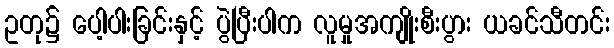
ဥတု၌ ပေါ့ပါးခြင်းနှင့် ပွဲပြီးပါက လူမှုအကျိုးစီးပွား ယခင်သီတင်း